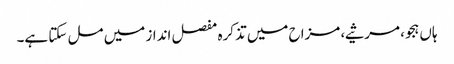
ہاں ہجو، مرثیے، مزاح میں تذکرہ مفصل انداز میں مل سکتا ہے۔